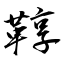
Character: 鞟